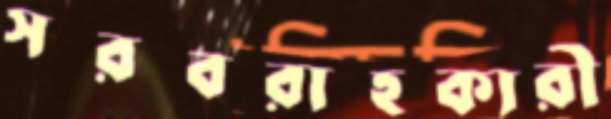
সরবরাহকারী